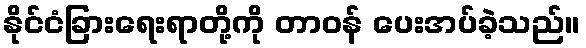
နိုင်ငံခြားရေးရာတို့ကို တာဝန် ပေးအပ်ခဲ့သည်။